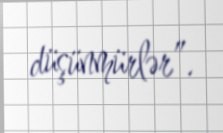
düşünmürlər”.